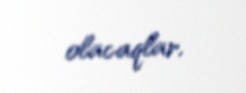
olacaqlar.